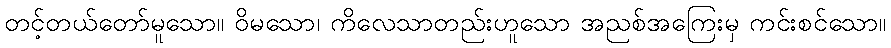
တင့်တယ်တော်မူသော။ ဝိမသော၊ ကိလေသာတည်းဟူသော အညစ်အကြေးမှ ကင်းစင်သော။